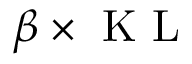
\beta \times \mathrm { ~ K ~ L ~ }